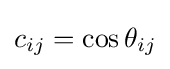
c_{ij}=\cos \theta _{ij}